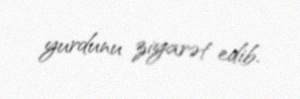
yurdunu ziyarət edib.